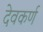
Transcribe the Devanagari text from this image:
देवकर्ण